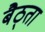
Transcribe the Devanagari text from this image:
बैठ्ता